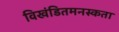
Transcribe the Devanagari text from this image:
विखंडितमनस्कता